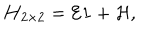
{ \bf H } _ { 2 \times 2 } = { \cal E } { \bf 1 } + { \cal H , }